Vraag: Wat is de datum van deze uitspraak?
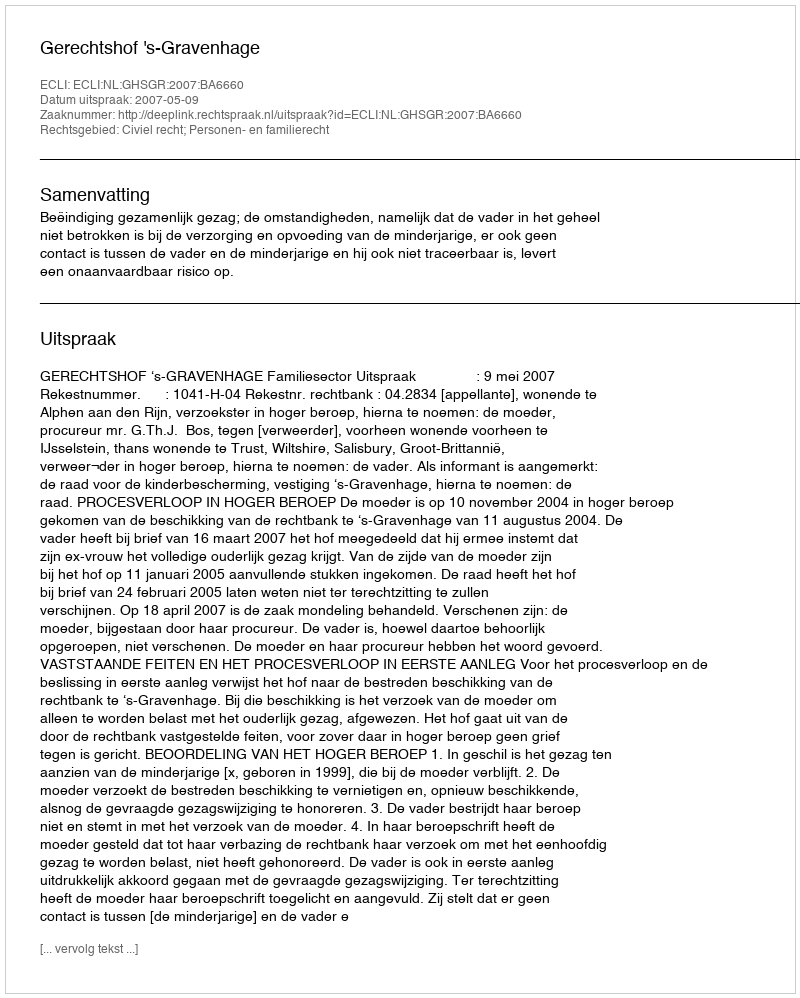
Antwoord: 2007-05-09